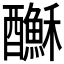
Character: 𨣺